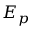
E _ { p }